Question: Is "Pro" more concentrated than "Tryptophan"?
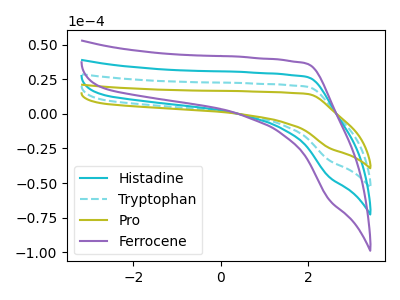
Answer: <think>The cyan curve "Histadine" has no peaks. The cyan dashed curve "Tryptophan" has no peaks. The olive curve "Pro" has no peaks. The purple curve "Ferrocene" has no peaks.
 Neither "Pro" or "Tryptophan" have any peaks.</think>
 <answer>I cant tell if "Pro" or "Tryptophan" has higher concentration.</answer>
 <eval>mixed_concentration</eval>